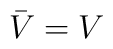
\bar V = V